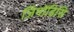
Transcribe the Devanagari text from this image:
जिमॉडिसि